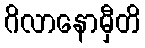
ဂိလာနောမှီတိ